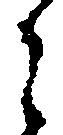
之